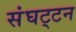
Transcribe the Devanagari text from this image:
संघट्‍टन